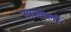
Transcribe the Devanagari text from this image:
साजवली